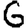
Digit: 6